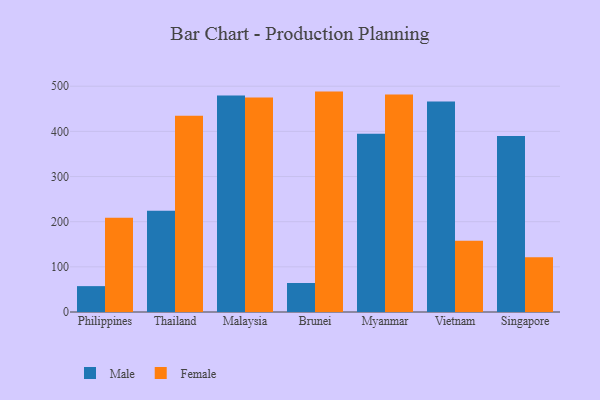
{"axis": {"x": "Country", "y": "Revenue (USD Million)"}, "legend": ["Female", "Male"], "data": [{"x": "Philippines", "y": 57.3, "type": "Male"}, {"x": "Philippines", "y": 208.6, "type": "Female"}, {"x": "Thailand", "y": 224.1, "type": "Male"}, {"x": "Thailand", "y": 434.7, "type": "Female"}, {"x": "Malaysia", "y": 479.3, "type": "Male"}, {"x": "Malaysia", "y": 475.0, "type": "Female"}, {"x": "Brunei", "y": 64.3, "type": "Male"}, {"x": "Brunei", "y": 488.1, "type": "Female"}, {"x": "Myanmar", "y": 394.9, "type": "Male"}, {"x": "Myanmar", "y": 481.5, "type": "Female"}, {"x": "Vietnam", "y": 466.2, "type": "Male"}, {"x": "Vietnam", "y": 157.9, "type": "Female"}, {"x": "Singapore", "y": 389.7, "type": "Male"}, {"x": "Singapore", "y": 121.2, "type": "Female"}]}